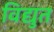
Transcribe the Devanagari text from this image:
विद्युत